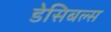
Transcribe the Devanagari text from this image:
डेसिबल्स